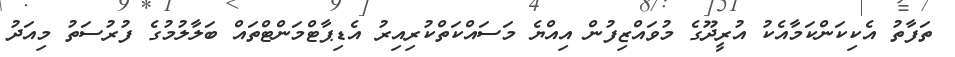
ތަފާތު އެކިކަންކަމާއެކު އުރީދޫގެ މުވައްޒިފުން އިއްޔެ މަސައްކަތްކުރިއިރު އެޑިޕާޓްމަންޓްތައް ބަލާލުމުގެ ފުރުސަތު މިއަދު